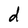
Character: d